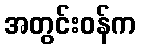
အတွင်းဝန်က